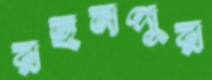
রহনপুর